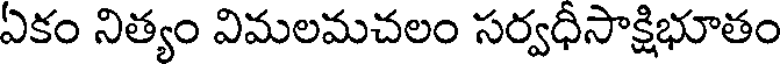
ఏకం నిత్యం విమలమచలం సర్వధీసాక్షిభూతం